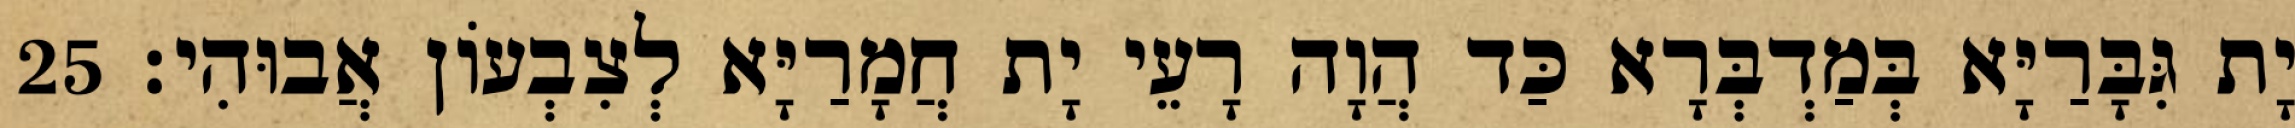
יָת גִּבָּרַיָּא בְּמַדְבְּרָא כַּד הֲוָה רָעֵי יָת חֲמָרַיָּא לְצִבְעוֹן אֲבוּהִי׃ 25